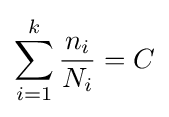
\sum _{i=1}^{k}{\frac {n_{i}}{N_{i}}}=C